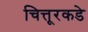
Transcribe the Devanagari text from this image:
चित्तूरकडे